Report of the Bombay Plague Committee
Disease focus: Plague
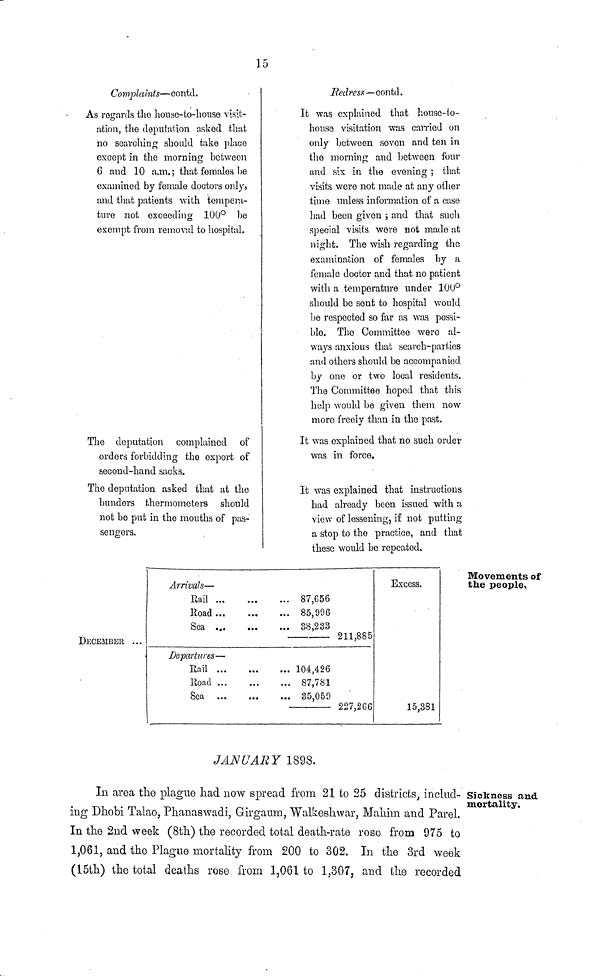
15
Complaints—contd.
As regards the house-to-house visit-
ation, the deputation asked that
no searching should take place
except in the morning between
6 and 10 a.m.; that females he
examined by female doctors only,
and that patients with tempera-
ture not exceeding 100° be
exempt from removal to hospital.
The deputation complained, of
orders forbidding the export of
second-hand sacks.
The deputation asked that at the
bunders thermometers should
not be put in the mouths of pas-
sengers.
Redress— contd.
It was explained that house-to-
house visitation was carried on
only between seven and ten in
the morning and between four
and six in the evening ; that
visits were not made at any other
time unless information of a case
had been given ; and that such
special visits were not made at
night. The wish regarding the
examination of females by a
female doctor and that no patient
with a temperature under 100°s
hould be sent to hospital would
be respected so far as was possi-
ble. The Committee were al-
ways anxious that search-parties
and others should be accompanied
by one or two local residents.
The Committee hoped that this
help would be given them now
more freely than in the past.
It was explained that no such order
was in force.
It was explained that instructions
had already been issued with a
view of lessening, if not putting
a stop to the practice, and that
these would be repeated.
Movements of
the people.
DECEMBER ...
Arrivals—
Bail
Road ...
Sea
Departures—
Rail
Road
Sea
... 87,056
... 85,996
... 38,233
211,885
... 104,426
... 87,781
... 35,059
227,266
Excess.
15,381
JANUARY 1898.
Sickness and
mortality.
In area the plague had now spread from 21 to 25 districts, includ-
ing Dhobi Talao, Phanaswadi, Girgaum, Walkeshwar, Mahim and Parel.
In the 2nd week (8th) the recorded total death-rate roso from 075 to
1,061, and the Plague mortality from 200 to 302. In the 3rd week
(15th) the total deaths rose from 1,061 to 1,307, and the recorded